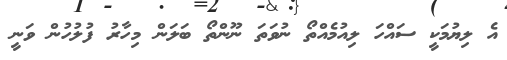
އެ ލިޔުމަކީ ސައްހަ ލިއުމެއްތޯ ނުވަތަ ނޫންތޯ ބަލަން މިހާރު ފުލުހުން ވަނީ